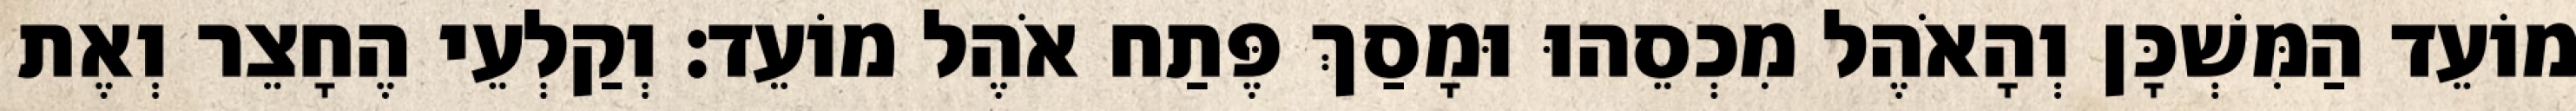
מוֹעֵד הַמִּשְׁכָּן וְהָאֹהֶל מִכְסֵהוּ וּמָסַךְ פֶּתַח אֹהֶל מוֹעֵד׃ וְקַלְעֵי הֶחָצֵר וְאֶת